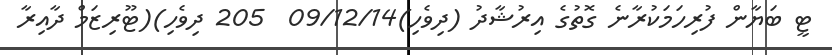
ޓީ ބަޔާން ފުރިހަމަކުރާނެ ގޮތުގެ އިރުޝާދު (ދިވެހި)09/12/14  205 ދިވެހި)(ޓޫރިޒަމް ދާއިރާ